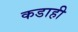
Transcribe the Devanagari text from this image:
कडाही